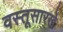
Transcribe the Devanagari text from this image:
वस्तूसारखे